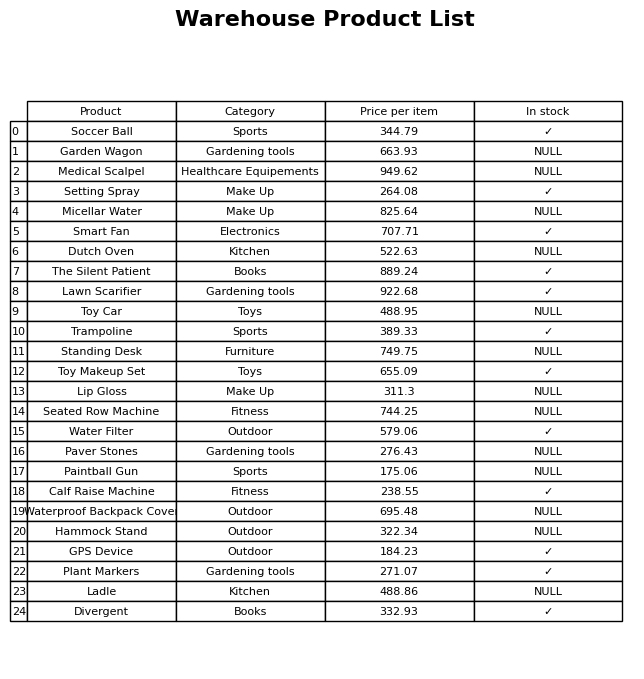
question: What is the price for Standing Desk?
answer: The price of Standing Desk is 749.75.